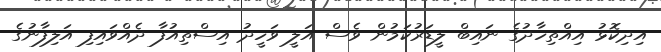
އިދިކޮޅު އިއްތިހާދުގެ ނައިބް ލީޑަރުކަމުން ވެސް އަލީ ވަހީދު އިސްތިއުފާ ދެއްވައިފި އަލިފާނުގެ